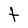
Character: t